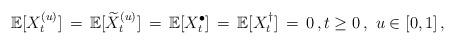
LaTeX: \begin{align*} \mathbb E [ X_{t}^{(u)} ] \, =\, \mathbb E [ \widetilde{X}_{t}^{(u)} ] \, =\, \mathbb E [ X_{t}^{\bullet} ] \, =\, \mathbb E [ X_{t}^{\dagger}] \, =\, 0 \, , t \ge 0 \, , \, \, u \in [0, 1] \, , \end{align*}